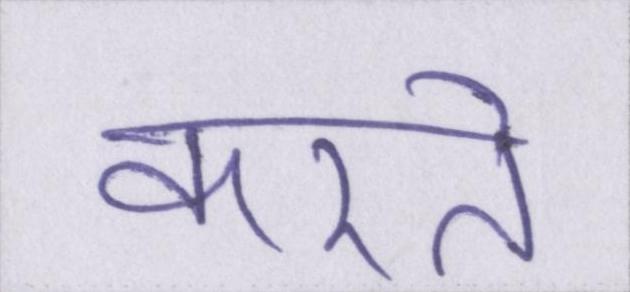
करते